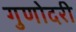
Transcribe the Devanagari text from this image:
गुणोदरी